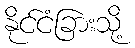
နိုင်ငံခြားသို့